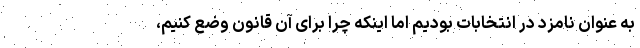
به عنوان نامزد در انتخابات بودیم اما اینکه چرا برای آن قانون وضع کنیم،